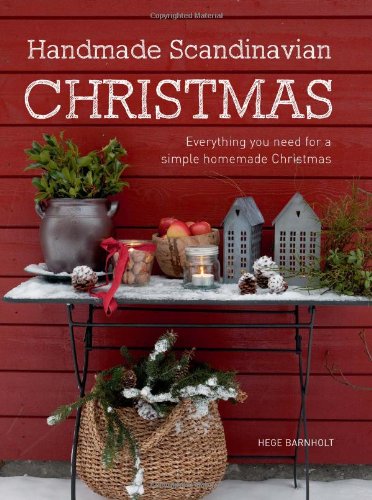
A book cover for Handmade Scandinavian Christmas: Everything You Need for a Simple Homemade Christmas; Hege Barnholt; Crafts, Hobbies & Home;